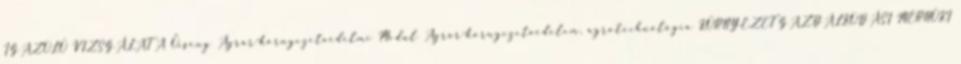
IGAZOLÓ VIZSGÁLATA Őcsény Agrár-környezetvédelmi Modul Agrár-környezetvédelem, agrotechnológia KÖRNYEZETGAZDÁLKODÁSI MÉRNÖKI